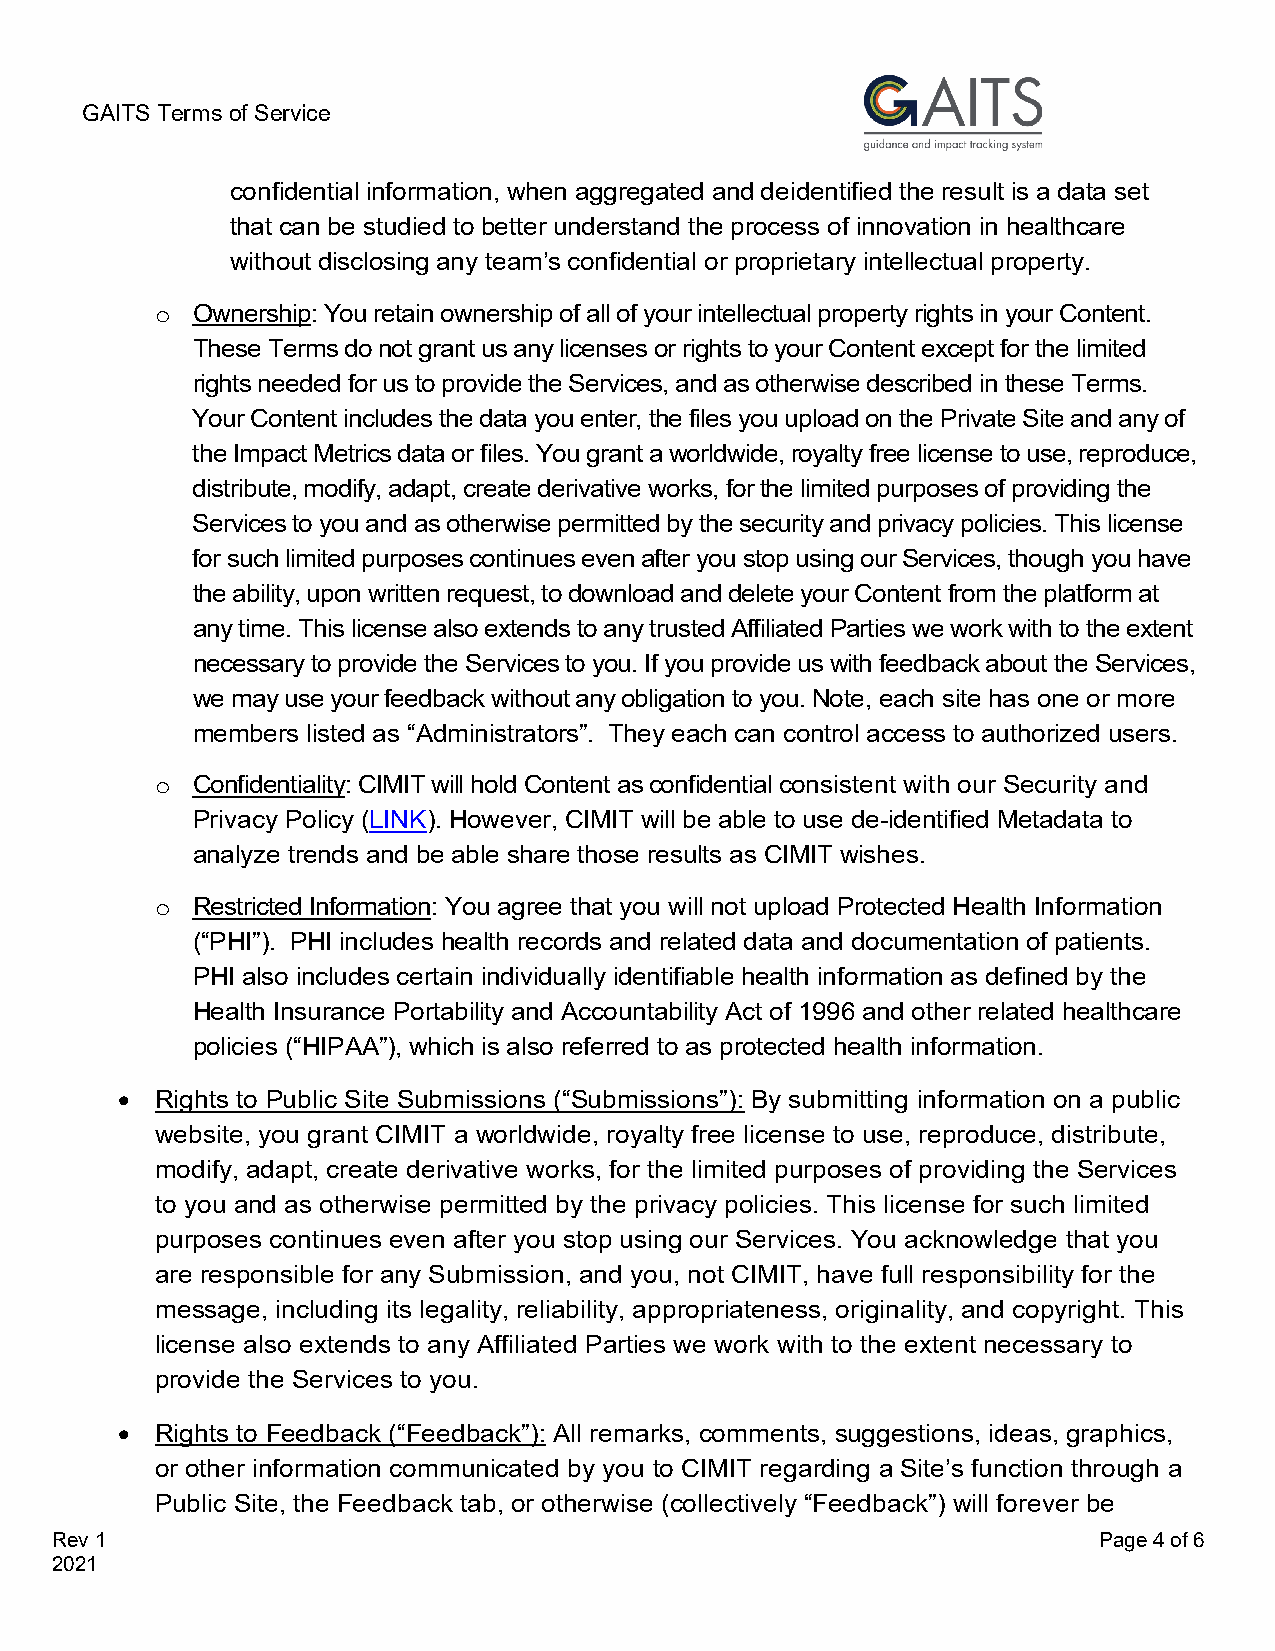
GAITS Terms of Service
 confidential information, when aggregated and deidentified the result is a data set
 that can be studied to better understand the process of innovation in healthcare
 without disclosing any team’s confidential or proprietary intellectual property.
 Ownership: You retain ownership of all of your intellectual property rights in your Content.
 o
 These Terms do not grant us any licenses or rights to your Content except for the limited
 rights needed for us to provide the Services, and as otherwise described in these Terms.
 Your Content includes the data you enter, the files you upload on the Private Site and any of
 the Impact Metrics data or files. You grant a worldwide, royalty free license to use, reproduce,
 distribute, modify, adapt, create derivative works, for the limited purposes of providing the
 Services to you and as otherwise permitted by the security and privacy policies. This license
 for such limited purposes continues even after you stop using our Services, though you have
 the ability, upon written request, to download and delete your Content from the platform at
 any time. This license also extends to any trusted Affiliated Parties we work with to the extent
 necessary to provide the Services to you. If you provide us with feedback about the Services,
 we may use your feedback without any obligation to you. Note, each site has one or more
 members listed as “Administrators”. They each can control access to authorized users.
 Confidentiality: CIMIT will hold Content as confidential consistent with our Security and
 o
 Privacy Policy (LINK). However, CIMIT will be able to use de-identified Metadata to
 analyze trends and be able share those results as CIMIT wishes.
 Restricted Information: You agree that you will not upload Protected Health Information
 o
 (“PHI”). PHI includes health records and related data and documentation of patients.
 PHI also includes certain individually identifiable health information as defined by the
 Health Insurance Portability and Accountability Act of 1996 and other related healthcare
 policies (“HIPAA”), which is also referred to as protected health information.
 • Rights to Public Site Submissions (“Submissions”): By submitting information on a public
 website, you grant CIMIT a worldwide, royalty free license to use, reproduce, distribute,
 modify, adapt, create derivative works, for the limited purposes of providing the Services
 to you and as otherwise permitted by the privacy policies. This license for such limited
 purposes continues even after you stop using our Services. You acknowledge that you
 are responsible for any Submission, and you, not CIMIT, have full responsibility for the
 message, including its legality, reliability, appropriateness, originality, and copyright. This
 license also extends to any Affiliated Parties we work with to the extent necessary to
 provide the Services to you.
 • Rights to Feedback (“Feedback”): All remarks, comments, suggestions, ideas, graphics,
 or other information communicated by you to CIMIT regarding a Site’s function through a
 Public Site, the Feedback tab, or otherwise (collectively “Feedback”) will forever be
 Rev 1                                                                 Page 4 of 6
 2021